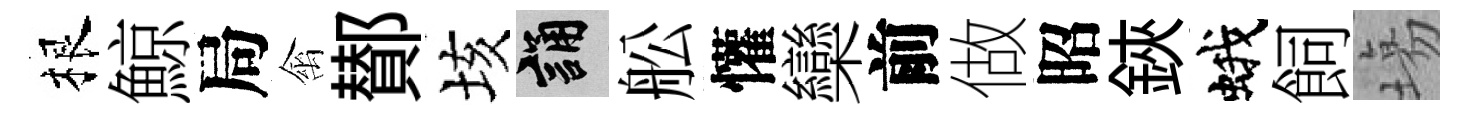
根鯨局禽鄼垓誦舩懽欒前做昭鋏蛾飼塲